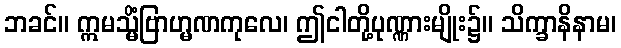
ဘခင်။ ဣမသ္မိံဗြာဟ္မဏကုလေ၊ ဤငါတို့ပုဏ္ဏားမျိုး၌။ သိက္ခာနိနာမ၊